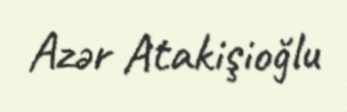
Azər Atakişioğlu